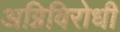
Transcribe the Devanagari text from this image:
अग्निविरोधी